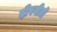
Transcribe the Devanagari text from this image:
दीपगीतों